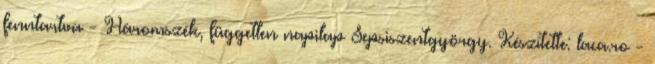
fenntartva - Háromszék, független napilap Sepsiszentgyörgy. Készítette: laca.ro -